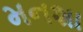
મનશા